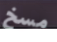
مسخ